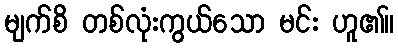
မျက်စိ တစ်လုံးကွယ်သော မင်း ဟူ၏။